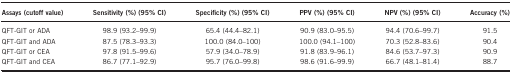
| Assays (cutoff value) | Sensitivity (%) (95% CI) | Specificity (%) (95% CI) | PPV (%) (95% CI) | NPV (%) (95% CI) | Accuracy (%) |
 | --- | --- | --- | --- | --- | --- |
 | QFT-GIT or ADA | 98.9 (93.2–99.9) | 65.4 (44.4–82.1) | 90.9 (83.0–95.5) | 94.4 (70.6–99.7) | 91.5 |
 | QFT-GIT and ADA | 87.5 (78.3–93.3) | 100.0 (84.0–100) | 100.0 (94.1–100) | 70.3 (52.8–83.6) | 90.4 |
 | QFT-GIT or CEA | 97.8 (91.5–99.6) | 57.9 (34.0–78.9) | 91.8 (83.9–96.1) | 84.6 (53.7–97.3) | 90.9 |
 | QFT-GIT and CEA | 86.7 (77.1–92.9) | 95.7 (76.0–99.8) | 98.6 (91.6–99.9) | 66.7 (48.1–81.4) | 88.7 |